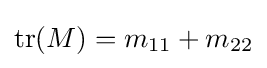
\mathrm {tr} (M)=m_{11}+m_{22}